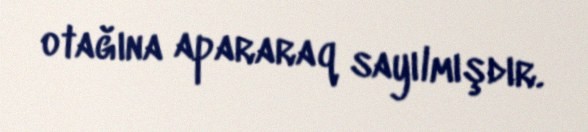
otağına apararaq sayılmışdır.